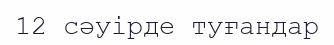
12 сәуірде туғандар